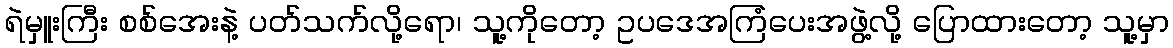
ရဲမှူးကြီး စစ်အေးနဲ့ ပတ်သက်လို့ရော၊ သူ့ကိုတော့ ဥပဒေအကြံပေးအဖွဲ့လို့ ပြောထားတော့ သူ့မှာ